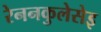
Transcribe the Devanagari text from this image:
रेननकुलेसेइ